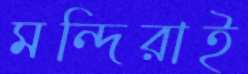
মন্দিরাই